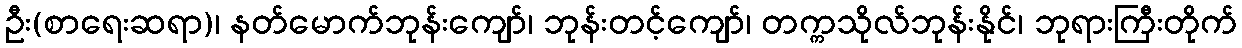
ဦး(စာရေးဆရာ)၊ နတ်မောက်ဘုန်းကျော်၊ ဘုန်းတင့်ကျော်၊ တက္ကသိုလ်ဘုန်းနိုင်၊ ဘုရားကြီးတိုက်